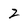
Character: 2